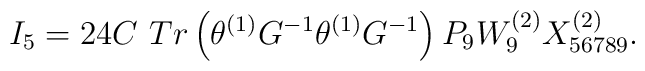
I_5=24C\,\,Tr\left( \theta ^{\left( 1\right) }G^{-1}\theta ^{\left( 1\right)}G^{-1}\right) P_9W_9^{\left( 2\right) }X_{56789}^{\left( 2\right) }. \nonumber